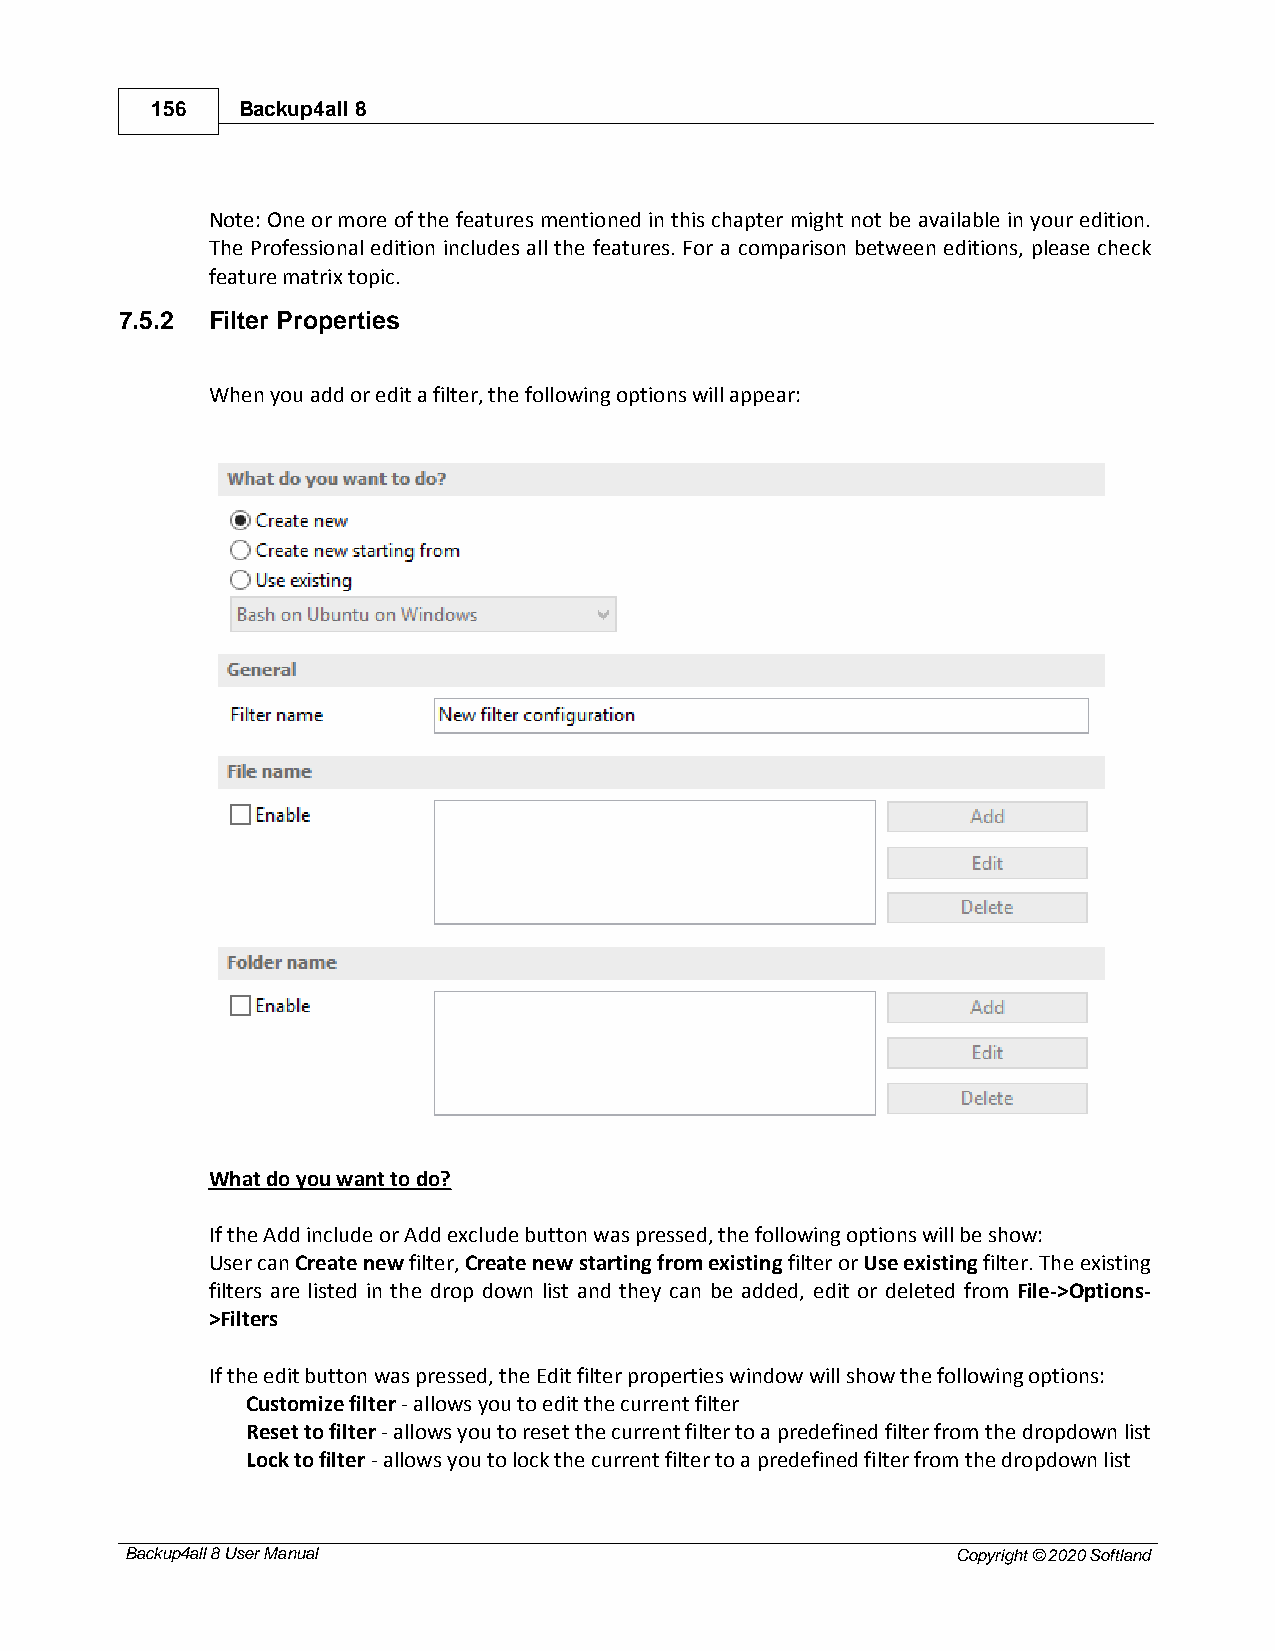
156   Backup4all 8
 Note: One or more of the features mentioned in this chapter might not be available in your edition.
 The Professional edition includes all the features. For a comparison between editions, please check
 feature matrix topic.
 7.5.2 Filter Properties
 When you add or edit a filter, the following options will appear:
 What do you want to do?
 If the Add include or Add exclude button was pressed, the following options will be show:
 User can Create new filter, Create new starting from existing filter or Use existing filter. The existing
 filters are listed in the drop down list and they can be added, edit or deleted from File->Options-
 >Filters
 If the edit button was pressed, the Edit filter properties window will show the following options:
 Customize filter - allows you to edit the current filter
 Reset to filter - allows you to reset the current filter to a predefined filter from the dropdown list
 Lock to filter - allows you to lock the current filter to a predefined filter from the dropdown list
 Backup4all 8 User Manual                               Copyright © 2020 Softland